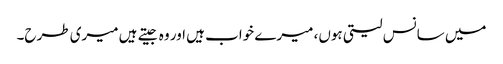
میں سانس لیتی ہوں، میرے خواب ہیں اور وہ جیتے ہیں میری طرح۔